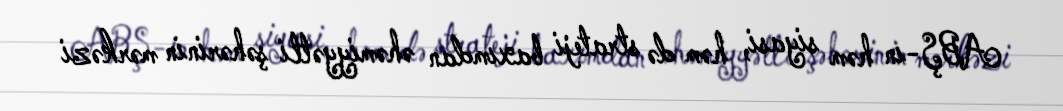
ABŞ-ın həm siyasi, həm də strateji baxımdan əhəmiyyətli şəhərinin mərkəzi